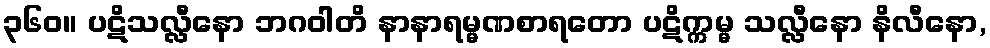
၃၆၀။ ပဋိသလ္လီနော ဘဂဝါတိ နာနာရမ္မဏစာရတော ပဋိက္ကမ္မ သလ္လီနော နိလီနော,